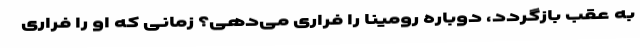
به عقب بازگردد، دوباره رومینا را فراری می‌دهی؟ زمانی که او را فراری